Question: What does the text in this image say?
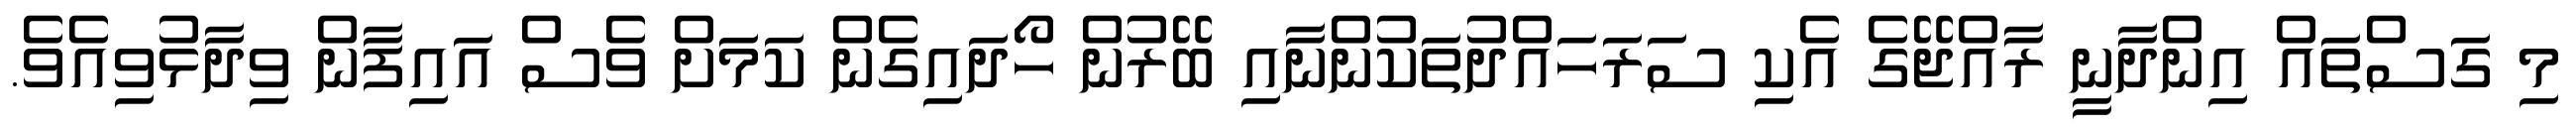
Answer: މި ގަސްތައް އިންދާނީ ރާއްޖޭގެ އެކި ސަރަހައްދުތަކުންނާއި ބޭރުން ހޯދައިގެން ކަމަށް ވެސް އައިފާން ވިދާޅުވިއެވެ.